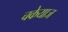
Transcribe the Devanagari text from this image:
चकेयाज